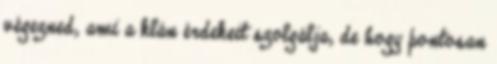
végezned, ami a klán érdekeit szolgálja, de hogy pontosan